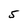
Character: 5